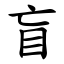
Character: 盲